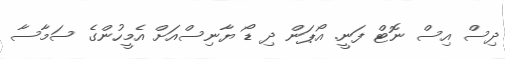
ދިސް އިސް ނޮޓް ފަނީ. އޯޕަން ދި ޑޯ ޔާނިސްއަށް އެމީހުންގެ ސަމާސާ